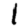
Digit: 1